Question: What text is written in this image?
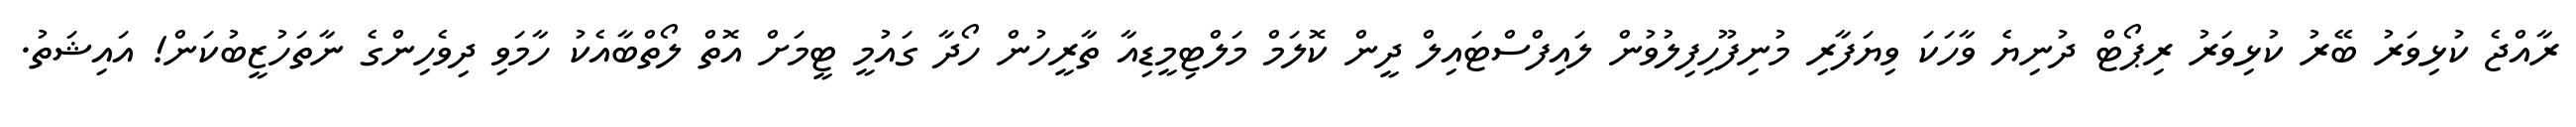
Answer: ރާއްޖެ ކުޅިވަރު ބޭރު ކުޅިވަރު ރިޕޯޓް ދުނިޔެ ވާހަކަ ވިޔަފާރި މުނިފޫހިފިލުވުން ލައިފްސްޓައިލް ދީން ކޮލަމް މަލްޓިމީޑިއާ ތާރީހުން ހޯދާ ގައުމީ ޓީމަށް އޮތް ލޯތްބާއެކު ހާމަވި ދިވެހިންގެ ނާތަހުޒީބުކަން! އައިޝަތު.